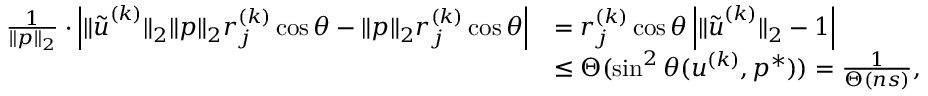
\begin{array} { r l } { \frac { 1 } { \| { \boldsymbol p } \| _ { 2 } } \cdot \left| \| \tilde { { \boldsymbol u } } ^ { ( k ) } \| _ { 2 } \| { \boldsymbol p } \| _ { 2 } r _ { j } ^ { ( k ) } \cos \theta - \| { \boldsymbol p } \| _ { 2 } r _ { j } ^ { ( k ) } \cos \theta \right| } & { = r _ { j } ^ { ( k ) } \cos \theta \left| \| \tilde { { \boldsymbol u } } ^ { ( k ) } \| _ { 2 } - 1 \right| } \\ & { \leq \Theta ( \sin ^ { 2 } \theta ( { \boldsymbol u } ^ { ( k ) } , { \boldsymbol p } ^ { * } ) ) = \frac { 1 } { \Theta \left( { n s } \right) } , } \end{array}